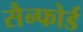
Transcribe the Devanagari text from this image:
सैन्फोर्ड